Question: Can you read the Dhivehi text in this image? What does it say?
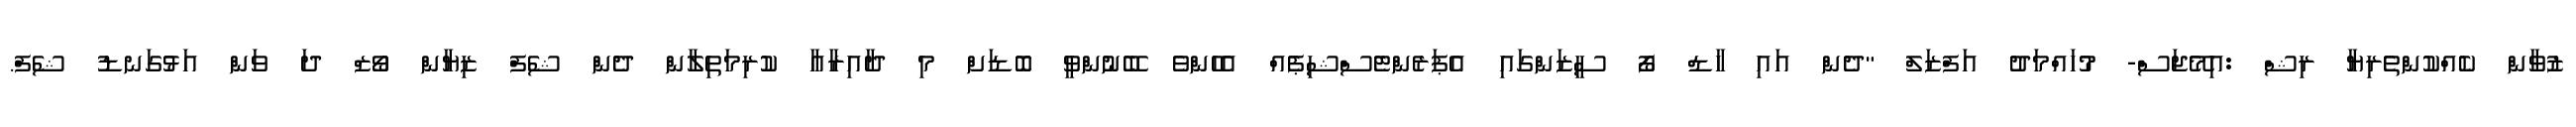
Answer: ޒުވާން ކެއްކުންތެރިޔާ ރިޝް :އިމޭޖަސް- މުހައްމަދު އަފްޒަލް "ދެން އައި ހާޑް ފޯ ސީޒަންގައި އެޕަރެންޓެސްޝިޕެއް އެހެންވެ ބޭނުންވީ ބޮޑަށް މި ދާއިރާއާ ކުރިމަތިލާން ދެން ޝެފް ޒިޔާން ވޯޒް ދަ ވަން އަޅުގަނޑު ޝެފް.